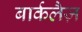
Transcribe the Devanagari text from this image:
बार्कलैज़